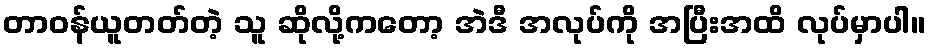
တာဝန်ယူတတ်တဲ့ သူ ဆိုလို့ကတော့ အဲဒီ အလုပ်ကို အပြီးအထိ လုပ်မှာပါ။